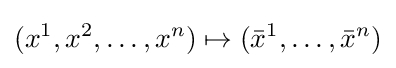
(x^{1},x^{2},\ldots ,x^{n})\mapsto ({\bar {x}}^{1},\ldots ,{\bar {x}}^{n})